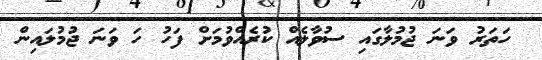
ހަތަރު ވަނަ ޖުމުލާގައި ސުވާލެއް ކުރެއްވުމަށް ފަހު ހަ ވަނަ ޖުމުލައިން